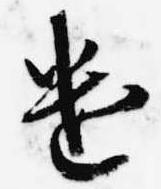
遣